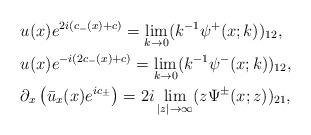
LaTeX: \begin{align*}&u(x)e^{2i(c_-(x)+c)}=\lim _{k\rightarrow 0}(k^{-1}\psi^+(x;k))_{12},\\&u(x)e^{-i(2c_-(x)+c)}=\lim _{k\rightarrow 0}(k^{-1}\psi^-(x;k))_{12},\\&\partial_x\left(\bar{u}_x(x) e^{ic_\pm}\right)=2 i \lim _{|z| \rightarrow \infty} (z \Psi^{\pm}(x;z))_{21}, \end{align*}